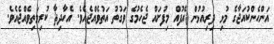
އަންހެންކުއަޖާގެ މުޅި ދިރިއުޅުން އެފުއް މިފުށައް ޖެހެމުގެ ވަގުތު އަތުވެއްޖެއެވެ. އެހާދިޘާ ކުރިމަތިވެއްޖެއެވެ.